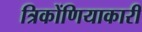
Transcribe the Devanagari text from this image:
त्रिकोंणियाकारी